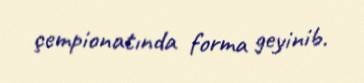
çempionatında forma geyinib.